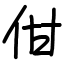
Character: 佄